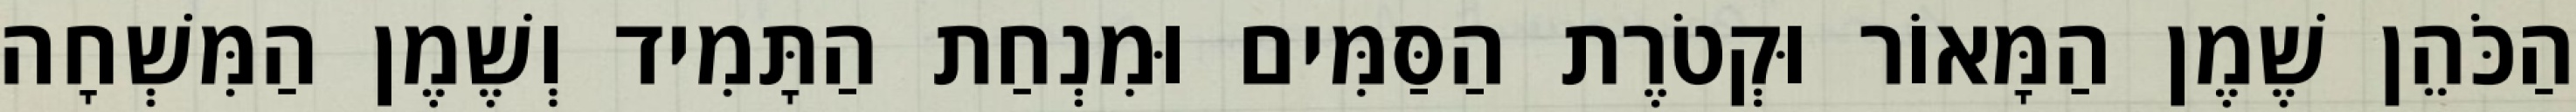
הַכֹּהֵן שֶׁמֶן הַמָּאוֹר וּקְטֹרֶת הַסַּמִּים וּמִנְחַת הַתָּמִיד וְשֶׁמֶן הַמִּשְׁחָה